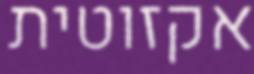
אקזוטית